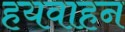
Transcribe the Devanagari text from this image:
हयवाहन